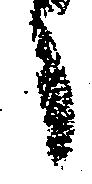
う